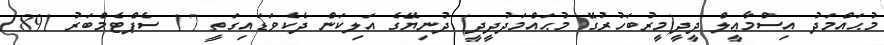
މުޙައްމަދު އިސްމާޢީލް ދީދީ(މީރުބަހުރުގޭ މުޙައްމަދުދީދީ) ދުނިޔޭގެ އަލިކަން ދެކެވަޑައިގަތީ 17 ސެޕްޓެމްބަރު 1891